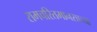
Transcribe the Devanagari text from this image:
रामचरितमानसाच्या